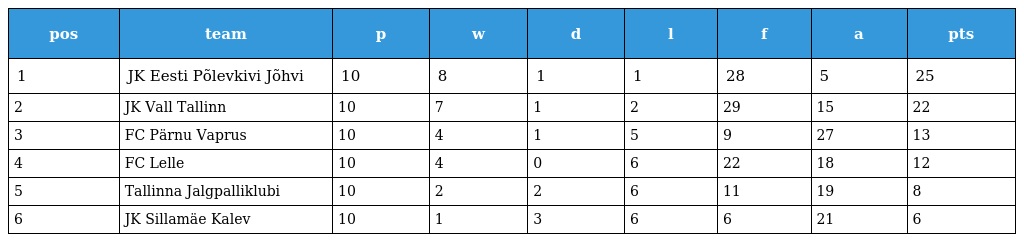
| pos | team | p | w | d | l | f | a | pts |
 | --- | --- | --- | --- | --- | --- | --- | --- | --- |
 | 1 | JK Eesti Põlevkivi Jõhvi | 10 | 8 | 1 | 1 | 28 | 5 | 25 |
 | 2 | JK Vall Tallinn | 10 | 7 | 1 | 2 | 29 | 15 | 22 |
 | 3 | FC Pärnu Vaprus | 10 | 4 | 1 | 5 | 9 | 27 | 13 |
 | 4 | FC Lelle | 10 | 4 | 0 | 6 | 22 | 18 | 12 |
 | 5 | Tallinna Jalgpalliklubi | 10 | 2 | 2 | 6 | 11 | 19 | 8 |
 | 6 | JK Sillamäe Kalev | 10 | 1 | 3 | 6 | 6 | 21 | 6 |